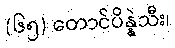
(၆၅) တောင်ပိန္နဲသီး၊